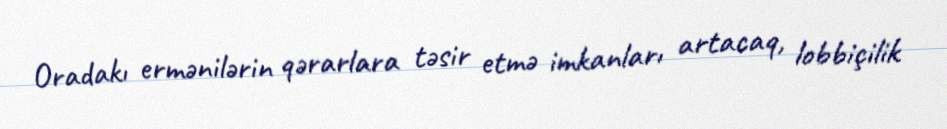
Oradakı ermənilərin qərarlara təsir etmə imkanları artacaq, lobbiçilik